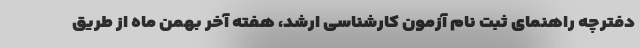
دفترچه راهنمای ثبت نام آزمون کارشناسی ارشد، هفته آخر بهمن ماه از طریق